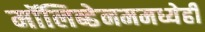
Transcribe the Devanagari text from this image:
मॉलिब्डेनममध्येही